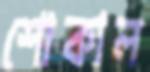
শোকাল